Annual administration and progress report of the Indian Medical Department, Bombay
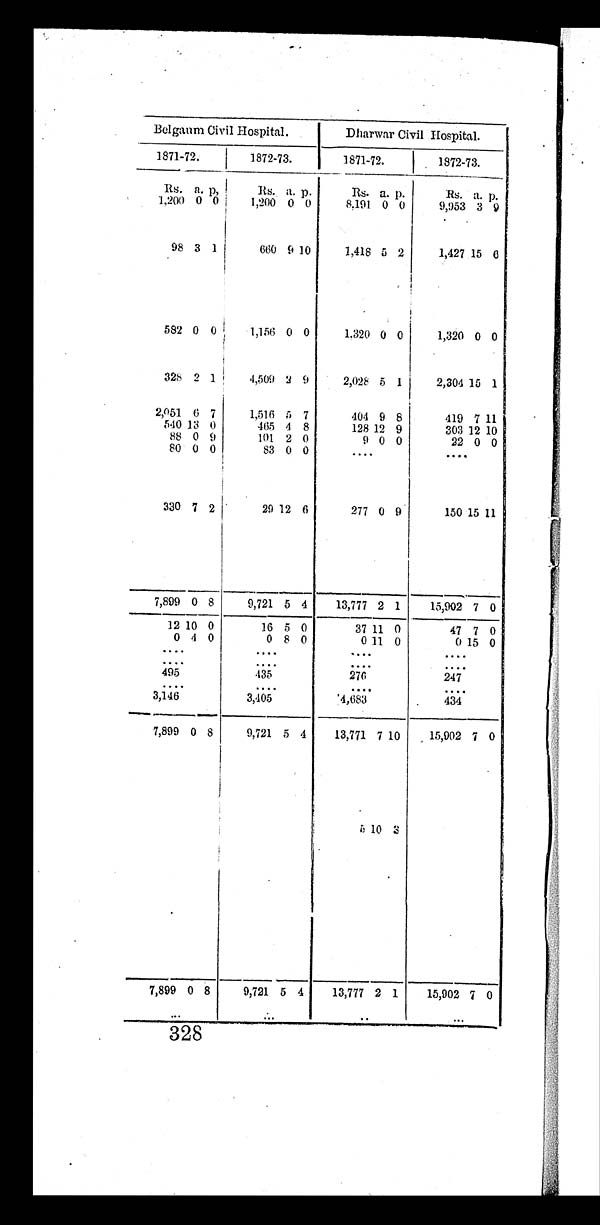
Belgaum Civil Hospital.
Dharwar Civil Hospital.
1871-72.
1872-73.
1871-72.
1872-73.
Rs. a. p,
Rs. a. p.
Rs. a. p.
Rs. a. p.
1,200 0 0
1,200 0 0
8,191 0 0
9,953 3 9
98 3 1
660 9
1 0
1,418 5 2
1,427 15
6
582 0 0
1,156 0 0
1.320 0 0
1,320 0 0
328 2 1
4,509 2 9
2,028 5
1
2,304 15 1
2,051 6 7
1,516 5 7
404 9 8
419 7 11
540 13 0
465 4 8
128 12 9
303 12 10
88 0 9
101 2 0
9 0 0
22 0 0
8 0 0 0
8 3 0 0
. . .
. . .
330 7 2
29 12 6
277 0 9
150 15 11
7,899 0 8
9,721 5 4
13,777 2 1
15,902 7 0
12 10 0
16 5 0
37 11 0
47 7 0
0 4 0
0 8 0
0 11 0
0 15 0
. . .
. . .
. . .
. . .
. . .
. . .
. . .
. . .
495
435
276
247
. . .
. . .
. . .
. . .
3,146
3 , 4 0 5
4,683
434
7,899 0 8
9,721 5 4
13,771 7 10
15,902 7 0
5
1 0 3
7,899 0 8
9,721 5 4
13,777 2 1
15,902 7 0
. . .
. . .
. . .
. . .
328